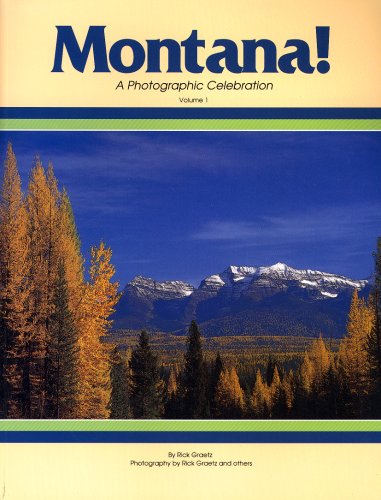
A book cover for Montana! A Photographic Celebration, Volume 1; Rick Graetz; Travel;